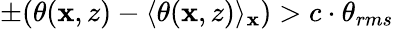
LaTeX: \pm(\theta(\mathbf{x},z)-\langle\theta(\mathbf{x},z)\rangle_{\mathbf{x}})>c\cdot\theta_{rms}